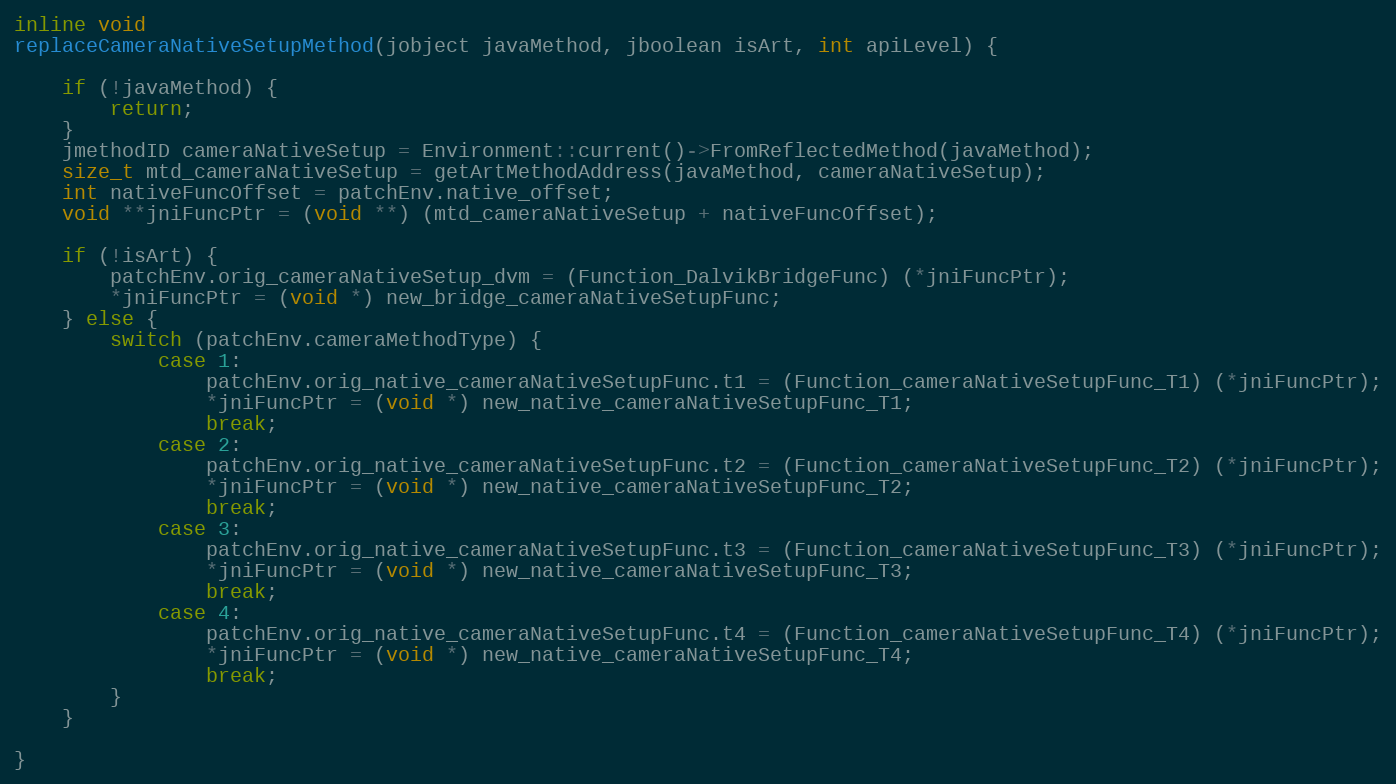
Language: C++
inline void
replaceCameraNativeSetupMethod(jobject javaMethod, jboolean isArt, int apiLevel) {

    if (!javaMethod) {
        return;
    }
    jmethodID cameraNativeSetup = Environment::current()->FromReflectedMethod(javaMethod);
    size_t mtd_cameraNativeSetup = getArtMethodAddress(javaMethod, cameraNativeSetup);
    int nativeFuncOffset = patchEnv.native_offset;
    void **jniFuncPtr = (void **) (mtd_cameraNativeSetup + nativeFuncOffset);

    if (!isArt) {
        patchEnv.orig_cameraNativeSetup_dvm = (Function_DalvikBridgeFunc) (*jniFuncPtr);
        *jniFuncPtr = (void *) new_bridge_cameraNativeSetupFunc;
    } else {
        switch (patchEnv.cameraMethodType) {
            case 1:
                patchEnv.orig_native_cameraNativeSetupFunc.t1 = (Function_cameraNativeSetupFunc_T1) (*jniFuncPtr);
                *jniFuncPtr = (void *) new_native_cameraNativeSetupFunc_T1;
                break;
            case 2:
                patchEnv.orig_native_cameraNativeSetupFunc.t2 = (Function_cameraNativeSetupFunc_T2) (*jniFuncPtr);
                *jniFuncPtr = (void *) new_native_cameraNativeSetupFunc_T2;
                break;
            case 3:
                patchEnv.orig_native_cameraNativeSetupFunc.t3 = (Function_cameraNativeSetupFunc_T3) (*jniFuncPtr);
                *jniFuncPtr = (void *) new_native_cameraNativeSetupFunc_T3;
                break;
            case 4:
                patchEnv.orig_native_cameraNativeSetupFunc.t4 = (Function_cameraNativeSetupFunc_T4) (*jniFuncPtr);
                *jniFuncPtr = (void *) new_native_cameraNativeSetupFunc_T4;
                break;
        }
    }

}